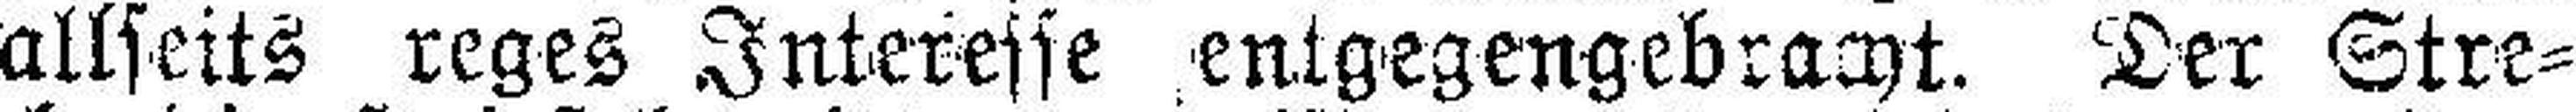
allseits reges Interesse entgegengebracht. Der Stre¬